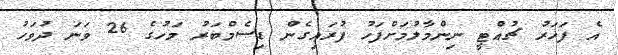
އެ ފަހަރު ޗުއްޓީ ނިންމާލުމަށްފަހު ފުރައިގެން ޑިސެމްބަރު މަހުގެ 26 ވަނަ ދުވަހު